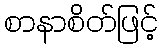
စာနာစိတ်ဖြင့်